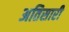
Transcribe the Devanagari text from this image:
अतिसारी